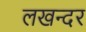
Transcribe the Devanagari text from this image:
लखन्दर